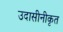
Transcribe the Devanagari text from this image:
उदासीनीकृत